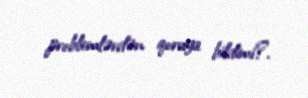
problemlərdən qoruya bildimi?.